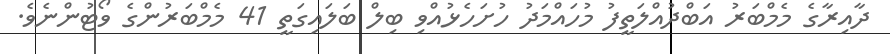
ދާއިރާގެ މެމްބަރު އަބްދުއްލަތީފު މުހައްމަދު ހުށަހެޅުއްވި ބިލް ބަލައިގަތީ 41 މެމްބަރުންގެ ވޯޓުންނެވެ.